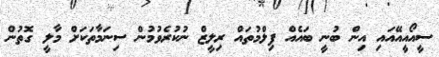
ސީއޯއީއޭއައި އިން ބުނީ ބައެއް ފިލްމުތައް ރިލީޒް ނުކުރެވުމުން ސިނަމާތަކަށް މާލީ ގޮތުން